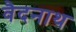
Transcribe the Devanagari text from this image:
वैदनाथ